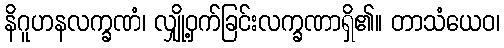
နိဂူဟနလက္ခဏံ၊ လျှို့ဝှက်ခြင်းလက္ခဏာရှိ၏။ တာသံယေဝ၊